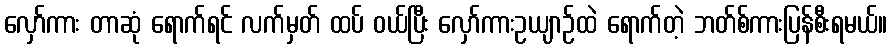
လှော်ကား တာဆုံ ရောက်ရင် လက်မှတ် ထပ် ဝယ်ပြီး လှော်ကားဥယျာဉ်ထဲ ရောက်တဲ့ ဘတ်စ်ကားပြန်စီးရမယ်။